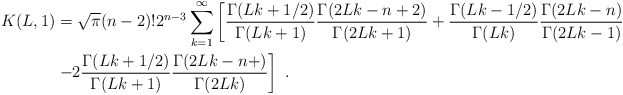
\begin{align*} K(L,1)&=\sqrt{\pi}(n-2)!2^{n-3} \sum_{k=1}^\infty \left[ \frac{\Gamma(Lk+1/2)}{\Gamma(Lk+1)} \frac{\Gamma(2Lk-n+2)}{\Gamma(2Lk+1)} + \frac{\Gamma(Lk-1/2)}{\Gamma(Lk)} \frac{\Gamma(2Lk-n)}{\Gamma(2Lk-1)} \right. \\& \left. -2 \frac{\Gamma(Lk+1/2)}{\Gamma(Lk+1)} \frac{\Gamma(2Lk-n+)}{\Gamma(2Lk)}\right]\ .\end{align*}